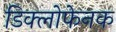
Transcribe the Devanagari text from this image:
डिक्लोफेनक